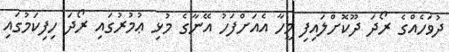
ދުވަހެއްގެ ރޯދަ ދޫކޮށްލައިފި މީހާ އެއަށްފަހު އޭނާގެ މުޅި ޢުމުރުގައި ރޯދަ ހިފިކަމުގައި